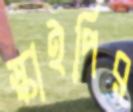
স্কাইপির